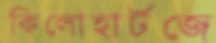
কিলোহার্টজে